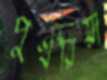
পুখরিয়া